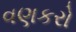
વણકરો